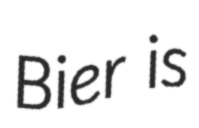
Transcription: Bier is